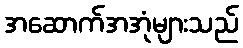
အဆောက်အအုံများသည်